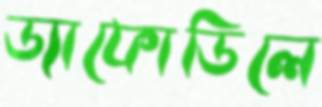
ড্যাফোডিলে